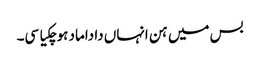
بس میں ہن انہاں دا داماد ہوچکیا سی۔